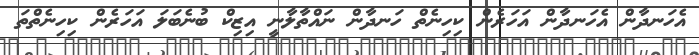
އެހަނދާން އެހަނދާން އަހަރެން ކިހިނެތް ހަނދާން ނައްތާލާނީ އިޒިކް ބުނެބަލަ އަހަރެން ކިހިނެތްތަ